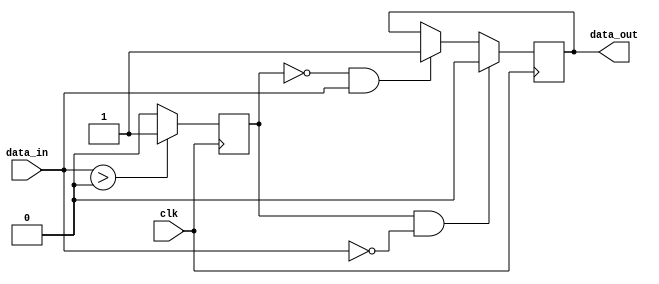
module schmitt_trigger_buffer (
    input wire clk,
    input wire data_in,
    output reg data_out
);

reg reg_data;

always @(posedge clk) begin
    if (data_in > 1'b0) begin
        reg_data <= 1'b1;
    end else begin
        reg_data <= 1'b0;
    end
end

always @(posedge clk) begin
    if (reg_data == 1'b1 && data_in == 1'b0) begin
        data_out <= 1'b0;
    end else if (reg_data == 1'b0 && data_in == 1'b1) begin
        data_out <= 1'b1;
    end
end

endmodule